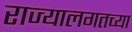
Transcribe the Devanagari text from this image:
राज्यालगतच्या